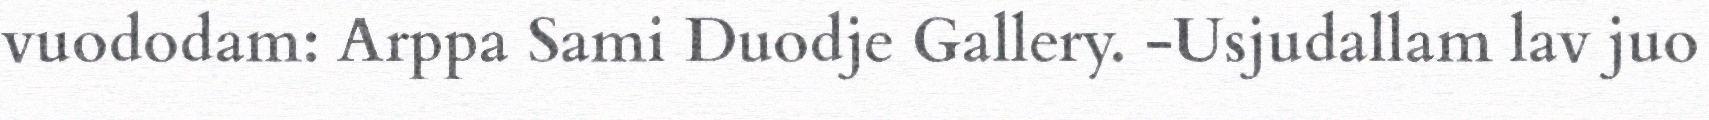
vuododam: Arppa Sami Duodje Gallery. -Usjudallam lav juo